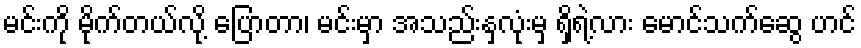
မင်းကို မိုက်တယ်လို့ ပြောတာ၊ မင်းမှာ အသည်းနှလုံးမှ ရှိရဲ့လား မောင်သက်ဆွေ ဟင်